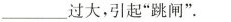
___过大，引起”跳闸”。